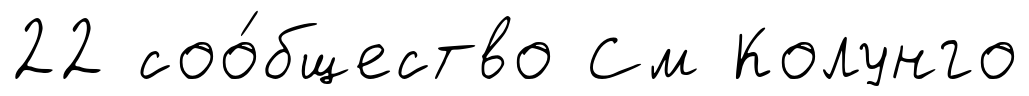
22 соо́бщество См Колунго